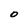
Character: O